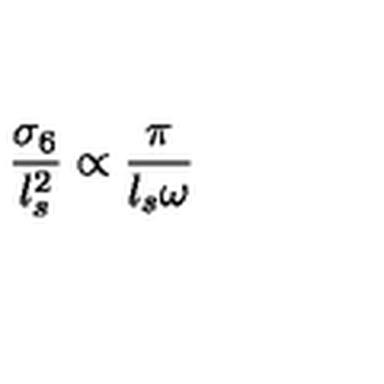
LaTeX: \frac { \sigma _ { 6 } } { l _ { s } ^ { 2 } } \propto \frac { \pi } { l _ { s } \omega }